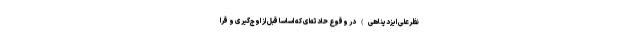
نظرعلی ایزدپناهی) در وقوع حادثه‌ای که اساسا قبل از اوج‌گیری و قرا